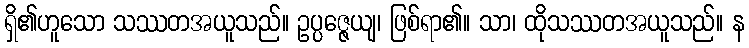
ရှိ၏ဟူသော သဿတအယူသည်။ ဥပ္ပဇ္ဇေယျ၊ ဖြစ်ရာ၏။ သာ၊ ထိုသဿတအယူသည်။ န